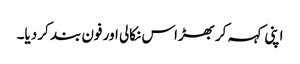
اپنی کہہ کر بھڑاس نکالی اور فون بند کر دیا۔